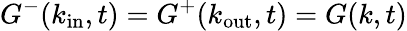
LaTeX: G^{-}(k_{\textrm{in}},t)=G^{+}(k_{\textrm{out}},t)=G(k,t)